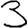
Digit: 3